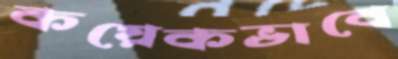
কয়েকভাবে